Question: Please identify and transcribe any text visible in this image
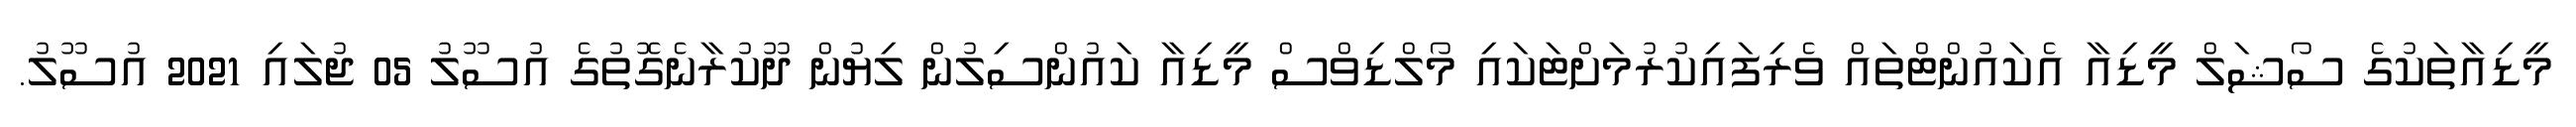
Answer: މީޑިއާތަކުގެ ސޯޝަލް މީޑިއާ އެކައުންޓްތައް ވެރިފައިކުރުމަށްޓަކައި މޯލްޑިވްސް މީޑިއާ ކައުންސިލުން ލިޔުން ދޫކުރާނެގޮތުގެ އުސޫލު 05 ޖުލައި 2021 އުސޫލު.